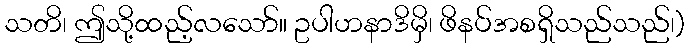
သတိ၊ ဤသို့ထည့်လသော်။ ဥပါဟနာဒိမှိ၊ ဖိနပ်အစရှိသည်သည်၊)